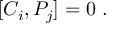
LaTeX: [ C _ { i } , P _ { j } ] = 0 ~ .